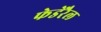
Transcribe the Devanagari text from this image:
फेडेरैल